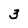
Character: 3